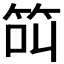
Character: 𱷵